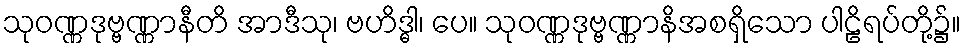
သုဝဏ္ဏဒုဗ္ဗဏ္ဏာနီတိ အာဒီသု၊ ဗဟိဒ္ဓါ၊ ပေ။ သုဝဏ္ဏဒုဗ္ဗဏ္ဏာနိအစရှိသော ပါဠိရပ်တို့၌။